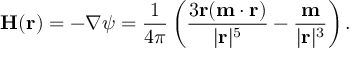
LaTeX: { \mathbf { H } } ( { \mathbf { r } } ) = - \nabla \psi = { \frac { 1 } { 4 \pi } } \left( { \frac { 3 \mathbf { r } ( \mathbf { m } \cdot \mathbf { r } ) } { | \mathbf { r } | ^ { 5 } } } - { \frac { \mathbf { m } } { | \mathbf { r } | ^ { 3 } } } \right) .